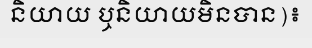
និយាយ ឬនិយាយមិនបាន)៖